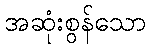
အဆုံးစွန်သော